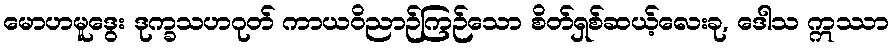
မောဟမူဒွေး ဒုက္ခသဟဂုတ် ကာယဝိညာဉ်ကြဉ်သော စိတ်ရှစ်ဆယ့်လေးခု, ဒေါသ ဣဿာ